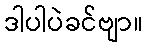
ဒါပါပဲခင်ဗျာ။